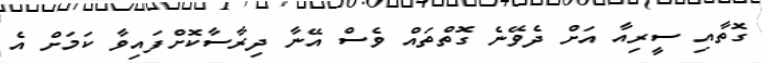
ގޮތާއި ސީރިއާ އަށް ދެވޭނެ ގޮތްތައް ވެސް އޭނާ ދިރާސާކޮށްފައިވާ ކަމަށް އެ